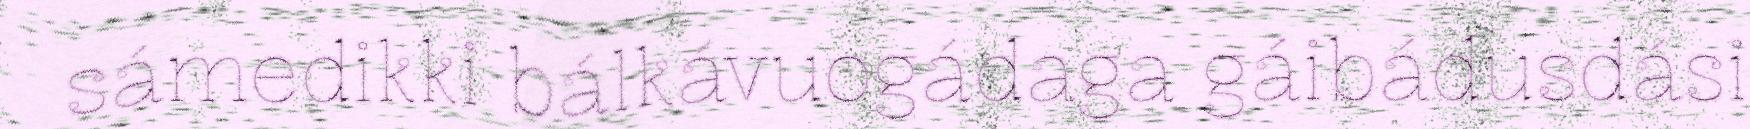
sámedikki bálkávuogádaga gáibádusdási